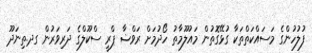
ފުލުހުންގެ މަސައްކަތްތަކާ ގުޅޭގޮތުން މައުލޫމާތު ހޯދުމަށް ރަވްޟާ ޕްރީ ސްކޫލްގެ ދަރިވަރުން ގދ.ތިނަދޫ